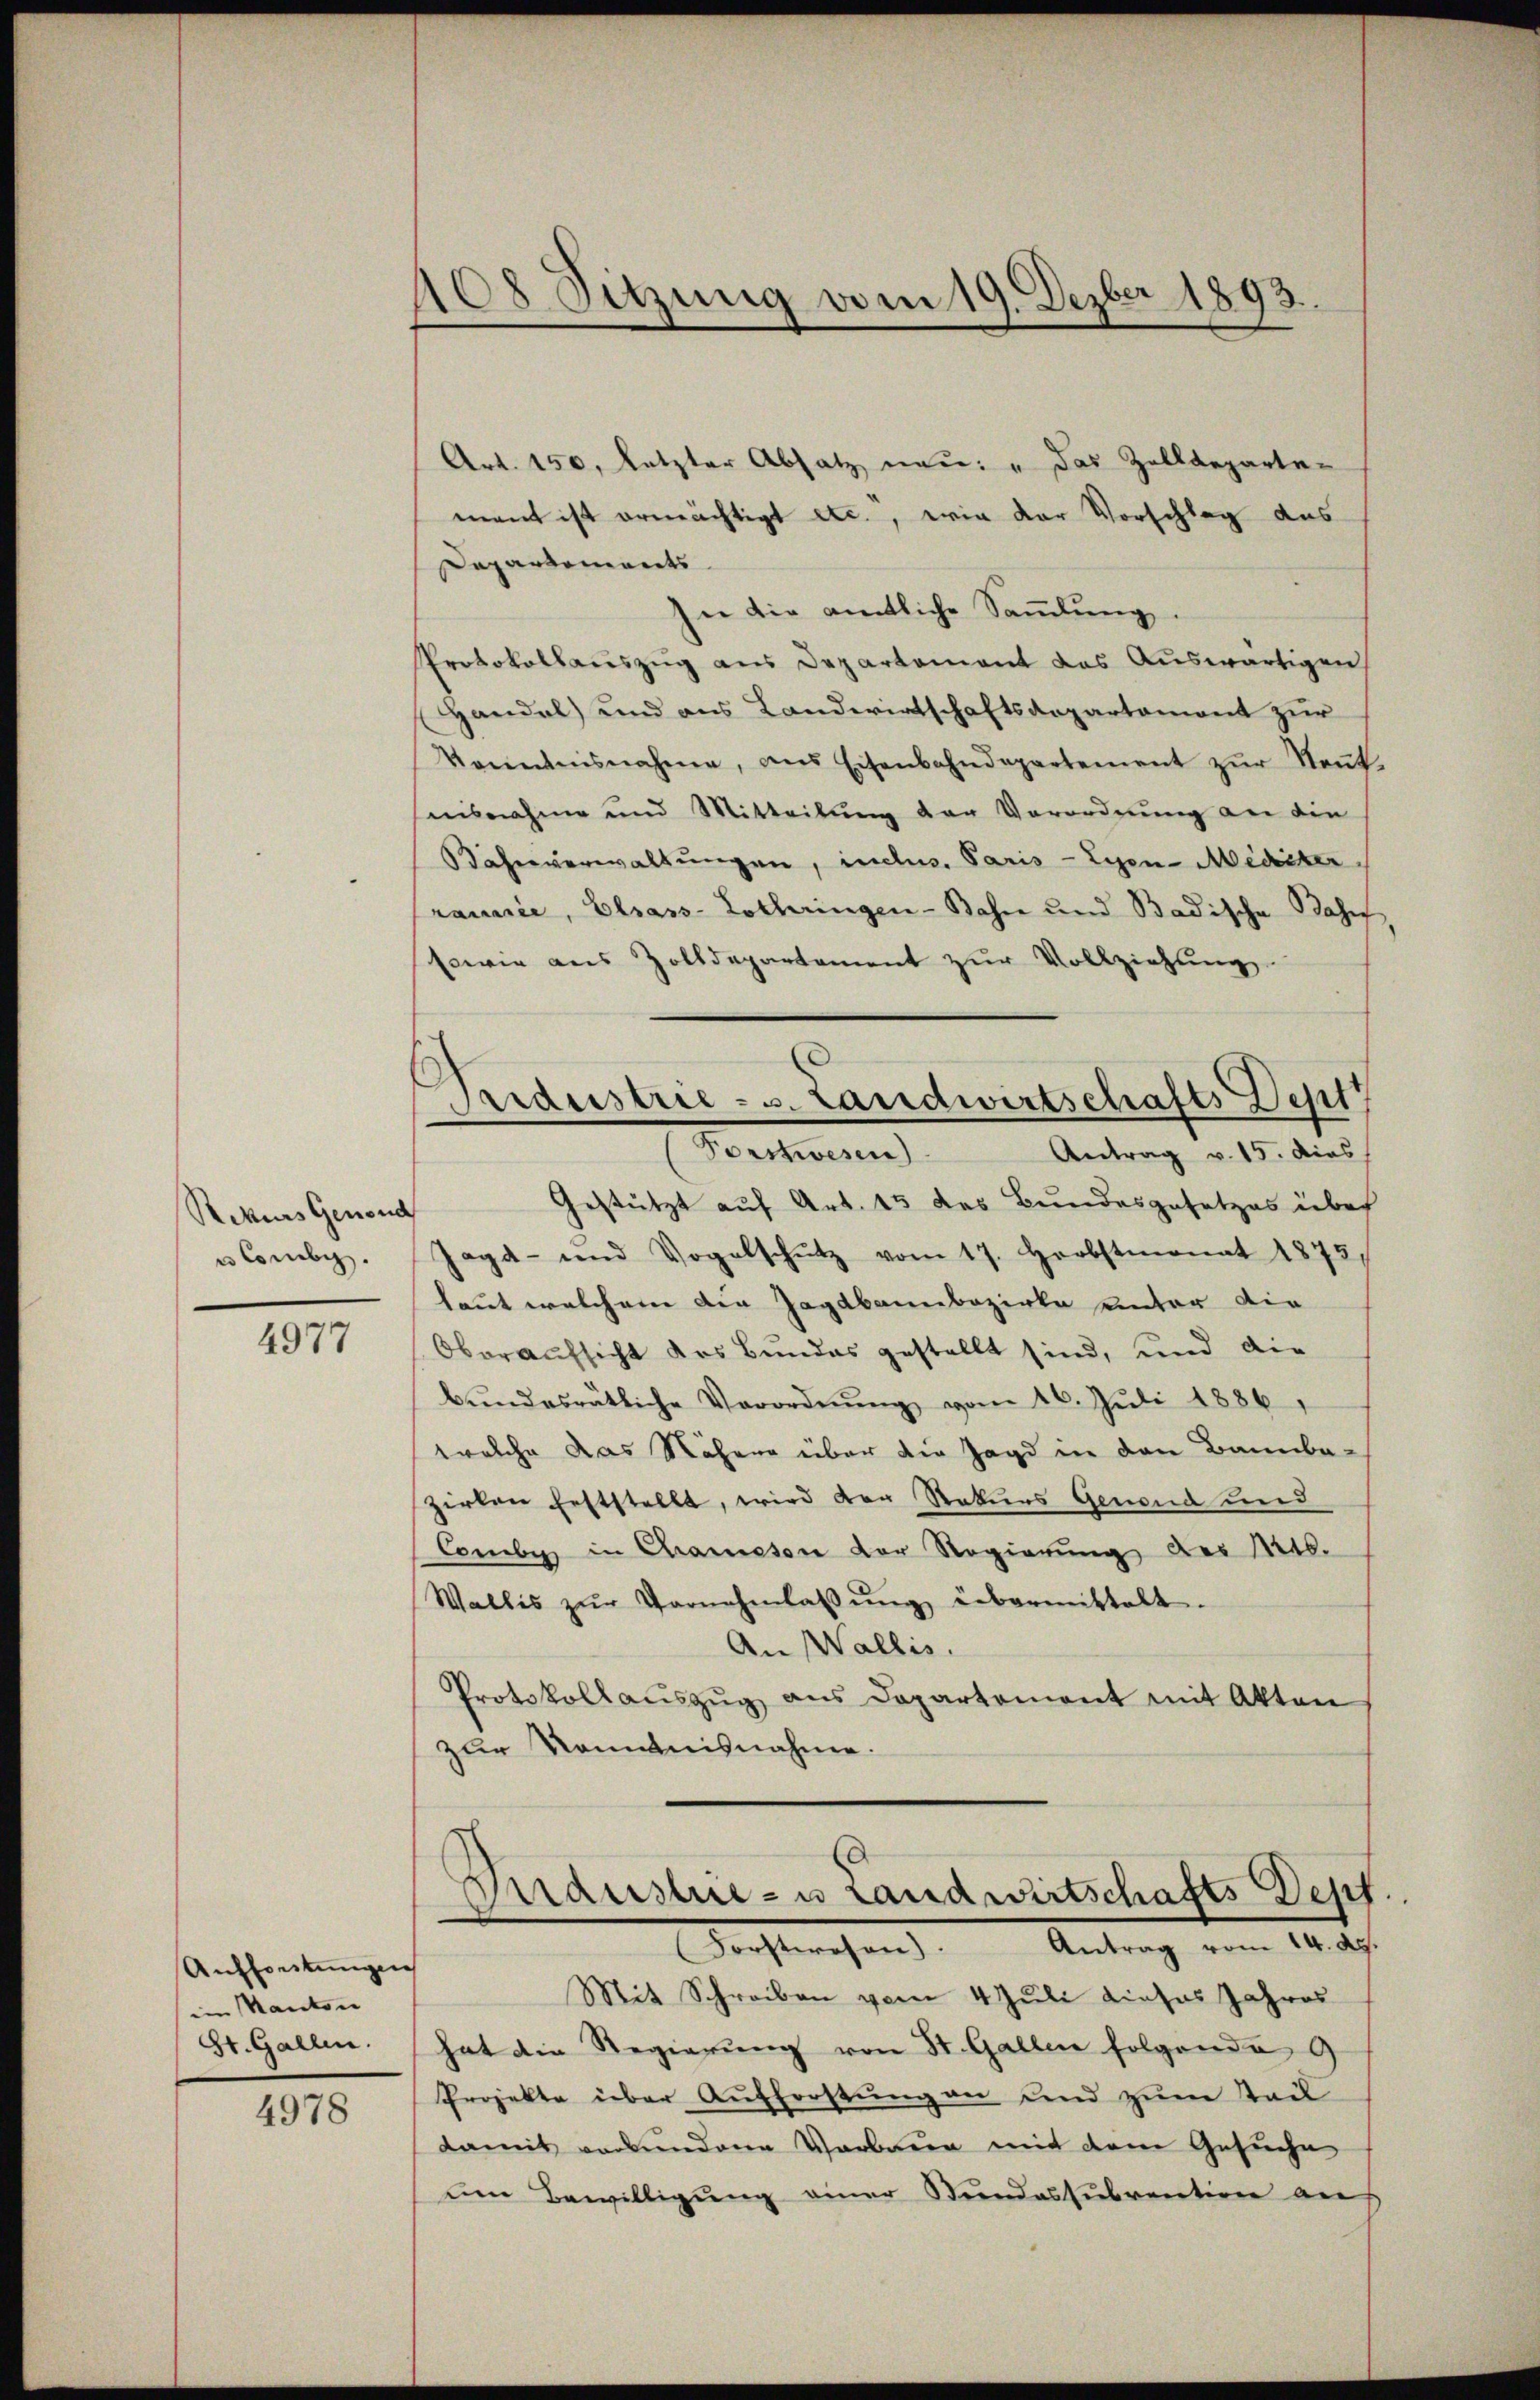
Rekurs Genonc
u Consis.

4977

Auftretungen
im Kanton
St. Gallen.

4978

108 Sitzung vom 19. Dezber 1893.

d
Seidestrie - s. Landwirtschafts Dep
Bercherung
Antrag v. 15. dies

Art. 150, letzter Absatz neu: "Das Zolldeparten
mant ist ermächtigt etc., wie der Vorschlag das
Dapartements
In die amtliche Sammlung.
Protokollauszug aus Departement das Auswärtigen
Handel) und aus Landwirtschaftsdepartemont zur
Venntnisnahme, ans Eisenbahndepartement zŭr Neŭt.
nisnahme und Mitteilung der Verordnung an die
äheverwaltungen, indes. Paris - Lyon-Medicter
ranie, Elsass-Lothringen - Bahn und Badische Base
sowie aus Zolldepartement zŭr Vollziehŭng
Gestützt auf Art. 15 des Bundesgesetzes über
Jagd- und Vogelschutz vom 17. Herbstmonat 1875
laut welchem die Jagdbannbezirke unter die
Oberaufsicht des Bundes gestellt sind, und die
bŭndesrätliche Verordnŭng vom 26. Juli 1886,
welche das Nähere über die Jagd in den Bannba-
zirken Erststellt, wird der Rekurs Genoud und
Combe in Chamson der Regierung der Mob.
Wallis zŭr Vornehmlassŭng übermittelt.
An Wallis.
Protokollaŭszŭg ans Departement mit Akten
zur Nominisnahme.

Verdüster- u Landwirtschafts Depf.
Antrag vom 14. Ap
Rechtswesen.

Mit Schreiben vom 4 Juli dieses Jahres
hat die Regierŭng von St. Gallen folgende
Projekte über Aufforstung an und zum Teil
damit verbundene Verbauen mit dem Gesuche
um Bewilligung einer Stundessubvention aus